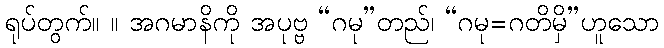
ရုပ်တွက်။ ။ အဂမာနိကို အပုဗ္ဗ “ဂမု”တည်၊ “ဂမု=ဂတိမှိ”ဟူသော